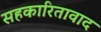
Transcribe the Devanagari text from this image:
सहकारितावाद